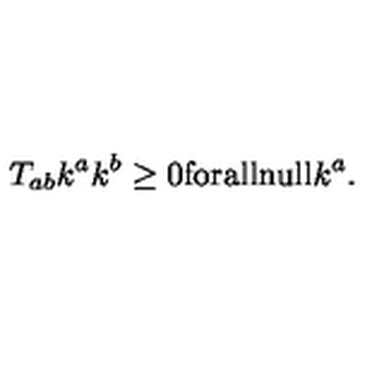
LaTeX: T _ { a b } k ^ { a } k ^ { b } \geq 0 \mathrm { f o r a l l n u l l } k ^ { a } .